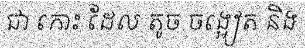
ជា កោះ ដែល តូច ចង្អៀត និង